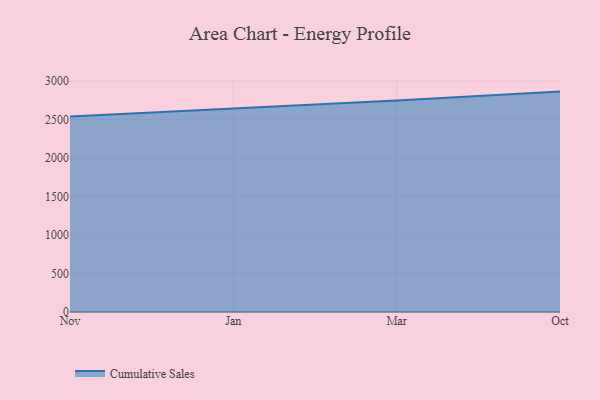
{"axis": {"x": "Month", "y": "Humidity (%)"}, "legend": ["Cumulative Sales"], "data": [{"x": "Nov", "y": 2540.6, "type": "Cumulative Sales"}, {"x": "Jan", "y": 2641.8, "type": "Cumulative Sales"}, {"x": "Mar", "y": 2749.9, "type": "Cumulative Sales"}, {"x": "Oct", "y": 2864.9, "type": "Cumulative Sales"}]}